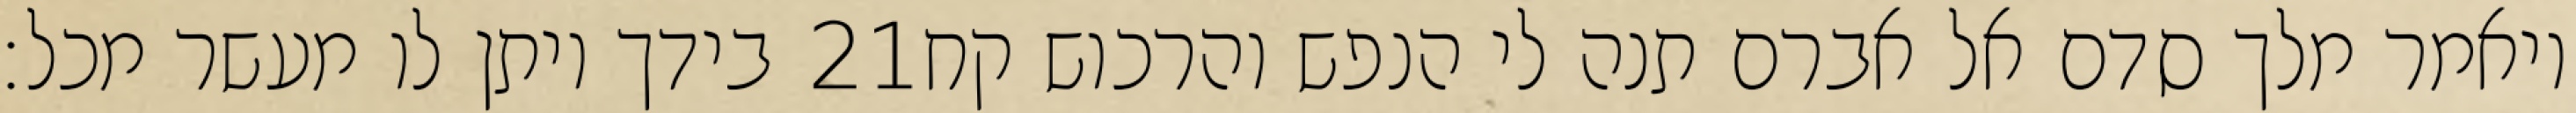
בידך ויתן לו מעשר מכל׃ ‎21‏ ויאמר מלך סדם אל אברם תנה לי הנפש והרכוש קח